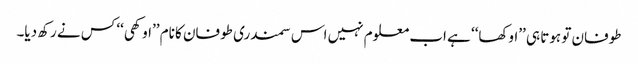
طوفان تو ہوتا ہی ’’اوکھا‘‘ ہے اب معلوم نہیں اس سمندری طوفان کا نام ’’اوکھی‘‘ کس نے رکھ دیا۔